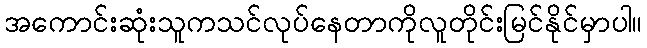
အကောင်းဆုံးသူကသင်လုပ်နေတာကိုလူတိုင်းမြင်နိုင်မှာပါ။